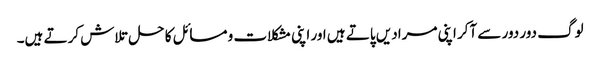
لوگ دور دور سے آکر اپنی مرادیں پاتے ہیں اور اپنی مشکلات و مسائل کا حل تلاش کرتے ہیں۔